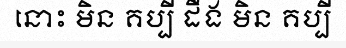
នោះ មិន គប្បី ដឹង មិន គប្បី